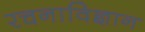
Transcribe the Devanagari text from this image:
रचनाविज्ञान